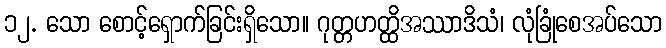
၁၂. သော စောင့်ရှောက်ခြင်းရှိသော။ ဂုတ္တဟတ္ထိအဿာဒိသံ၊ လုံခြုံစေအပ်သော